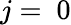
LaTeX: j=~0